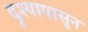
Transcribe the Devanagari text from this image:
दृश्यापासून